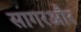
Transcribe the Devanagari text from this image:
सागरऔर